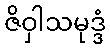
ဇိဝှါသမုဒ္ဒံ